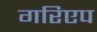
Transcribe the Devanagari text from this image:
गरिएप